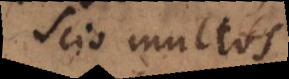
Scio multos